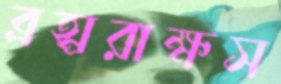
ব্রহ্মরাক্ষস